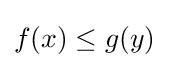
f(x)\leq g(y)